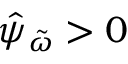
\hat { \psi } _ { \tilde { \omega } } > 0